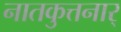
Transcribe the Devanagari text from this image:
नातकुत्तनार्